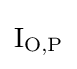
\mathrm {I} _{\mathrm {O} ,\mathrm {P} }